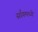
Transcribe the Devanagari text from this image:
साँगमध्ये